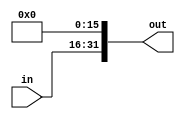
module shift_16 (
  input wire [15:0] in,
  output wire [31:0] out
);
  
  assign out = {in, {16{1'b0}}};

endmodule